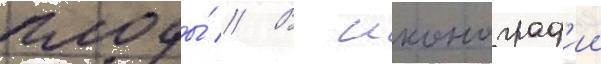
плоды́ // В иконограф'ии